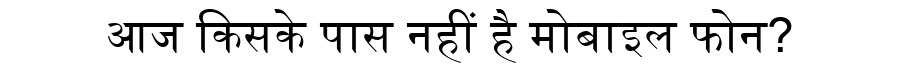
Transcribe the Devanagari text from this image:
आज किसके पास नहीं है मोबाइल फोन?